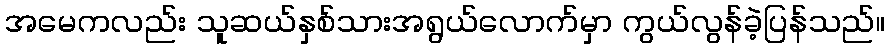
အမေကလည်း သူဆယ်နှစ်သားအရွယ်လောက်မှာ ကွယ်လွန်ခဲ့ပြန်သည်။